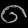
Digit: ၈